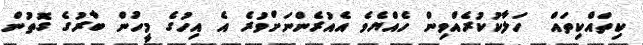
ކިތައްކިތައް  ހަލާކުކުރެއްވިން ހެއްޔެވެ އެއުރެންނަށްވުރެ އެ އިހުގެ މީހުން ބާރުގެ ގޮތުން